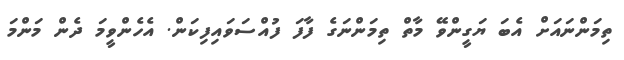
ތިމަންނައަށް އެބަ ޔަގީންވޭ މާތް ތިމަންނަގެ ފާފަ ފުއްސަވައިފިކަން. އެހެންވީމަ ދެން މަންމަ